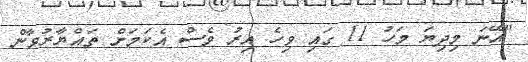
"އޭނަ މިދިޔަ މަހު 11 ގައި ވިހެ އިރު ވެސް އެކަމަށް ތައްޔާރުވާން